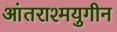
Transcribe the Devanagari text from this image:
आंतराश्मयुगीन